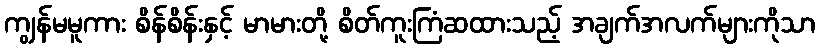
ကျွန်မမူကား စိန်စိန်းနှင့် မာမားတို့ စိတ်ကူးကြံဆထားသည့် အချက်အလက်များကိုသာ